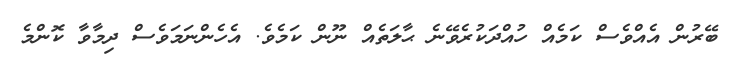
ބޭރުން އެއްވެސް ކަމެއް ހުއްދަކުރެވޭނެ ޙާލަތެއް ނޫން ކަމެވެ. އެހެންނަމަވެސް ދިމާވާ ކޮންމެ